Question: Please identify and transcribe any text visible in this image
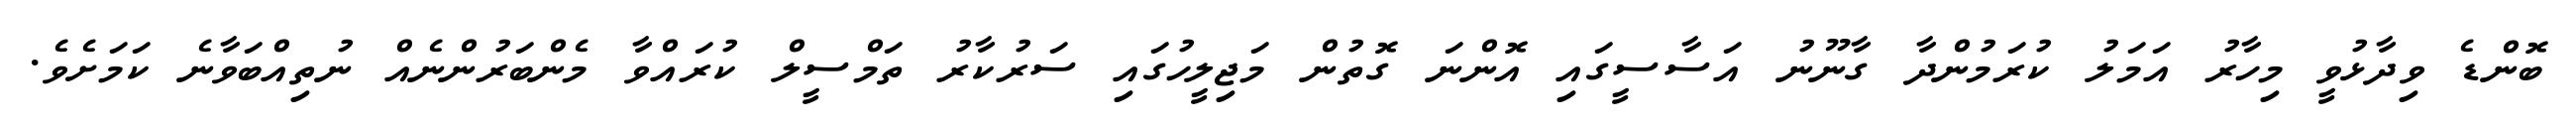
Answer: ބޮންޑެ ވިދާޅުވީ މިހާރު އަމަލު ކުރަމުންދާ ގާނޫނު އަސާސީގައި އޮންނަ ގޮތުން މަޖިލީހުގައި ސަރުކާރު ތަމްސީލް ކުރައްވާ މެންބަރުންނެއް ނުތިއްބަވާނެ ކަމަށެވެ.